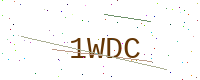
Text: 1WDC